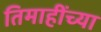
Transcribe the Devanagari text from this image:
तिमाहींच्या